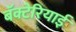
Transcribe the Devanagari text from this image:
बॅक्टेरियाई